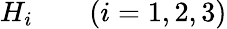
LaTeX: H_{i}\qquad(i=1,2,3)